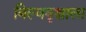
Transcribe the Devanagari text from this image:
बिल्ववृक्षाला